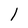
Character: 1